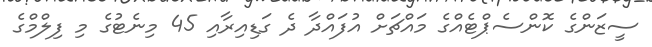
ސީޒަންގެ ކޮންސެޕްޓެއްގެ މައްޗަށް އުފައްދާ ދެ ގަޑިއިރާއި 45 މިނެޓުގެ މި ފިލްމްގެ